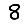
Digit: 8